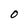
Character: 0